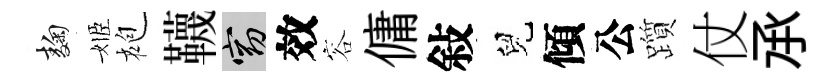
麹姬袍韈窈效容傭敍兒傾公躓仗𠄘